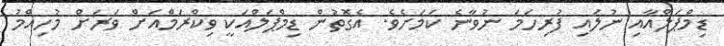
ޑިމްޕަލްއާއި ނުލައި ފުރިހަމަ ނުވާނެ ކަމަށެވެ. އެގޮތުން ޑިމްޕަލްއަކީ ވިކްރަމްއަށް ވަރަށް މުހިއްމު